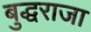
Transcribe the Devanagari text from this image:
बुद्धराजा